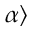
\alpha \rangle